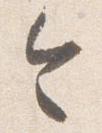
令